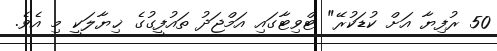
50 ރުފިޔާ އަށް ކުޑަކުރޭ" ޓްވިޓާގައި އަމްޖަދު ތައުފީގުގެ ޚިޔާލަކީ މި އެވެ.